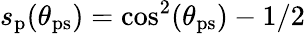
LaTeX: s_{\mathrm{p}}(\theta_{\mathrm{ps}})=\cos^{2}(\theta_{\mathrm{ps}})-1/2